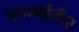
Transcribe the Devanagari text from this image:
एनआईडीए